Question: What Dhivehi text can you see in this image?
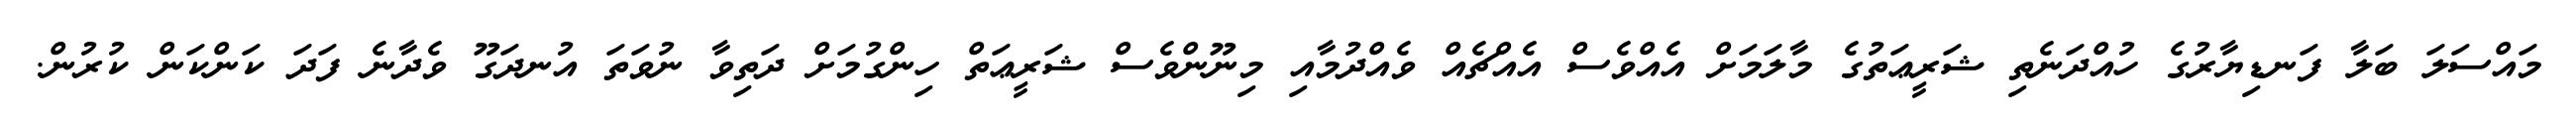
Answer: މައްސަލަ ބަލާ ފަނޑިޔާރުގެ ހުއްދަނެތި ޝަރީޢަތުގެ މާލަމަށް އެއްވެސް އެއްޗެއް ވެއްދުމާއި މިނޫންވެސް ޝަރީޢަތް ހިންގުމަށް ދަތިވާ ނުވަތަ އުނދަގޫ ވެދާނެ ފަދަ ކަންކަން ކުރުން.